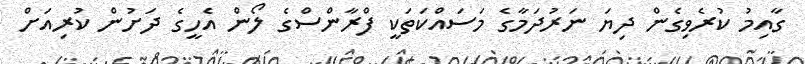
ގާއިމު ކުރެވިގެން ދިޔަ ނަރުދަމާގެ މަސައްކަތަކީ ފްރާންސްގެ ލޯން އެހީގެ ދަށުން ކުރިއަށް